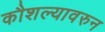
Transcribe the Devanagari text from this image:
कौशल्यावरुन